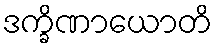
ဒက္ခိဏာယောတိ